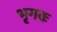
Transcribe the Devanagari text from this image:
भृगबः